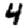
Digit: 4